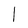
Character: l